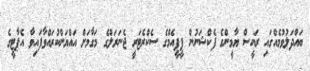
ބައްދަލުވުމެއްގައި ރައީސް ޔާމީންގެ ފެކްޝަނުން ޕީޕީއެމްގެ ސެކްރެޓަރީ ޖެނަރަލްގެ މަގާމަށް އައްޔަންކުރައްވާފައިވާ އެޕާޓީގެ